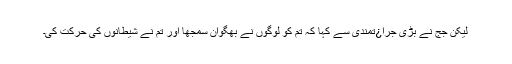
لیکن جج نے بڑی جرا¿تمندی سے کہا کہ تم کو لوگوں نے بھگوان سمجھا اور تم نے شیطانوں کی حرکت کی۔